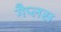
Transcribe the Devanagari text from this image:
गैप्लस